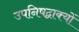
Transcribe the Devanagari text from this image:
उपनिषद्वाक्यों